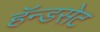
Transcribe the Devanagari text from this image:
हॅन्डसेट